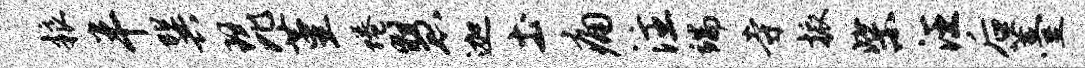
粮半巽琵堇蜷慧迦土痛注端寺振柴汪后薹